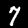
Label: 7